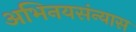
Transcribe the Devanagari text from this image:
अभिनयसंन्यास